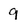
Character: 9